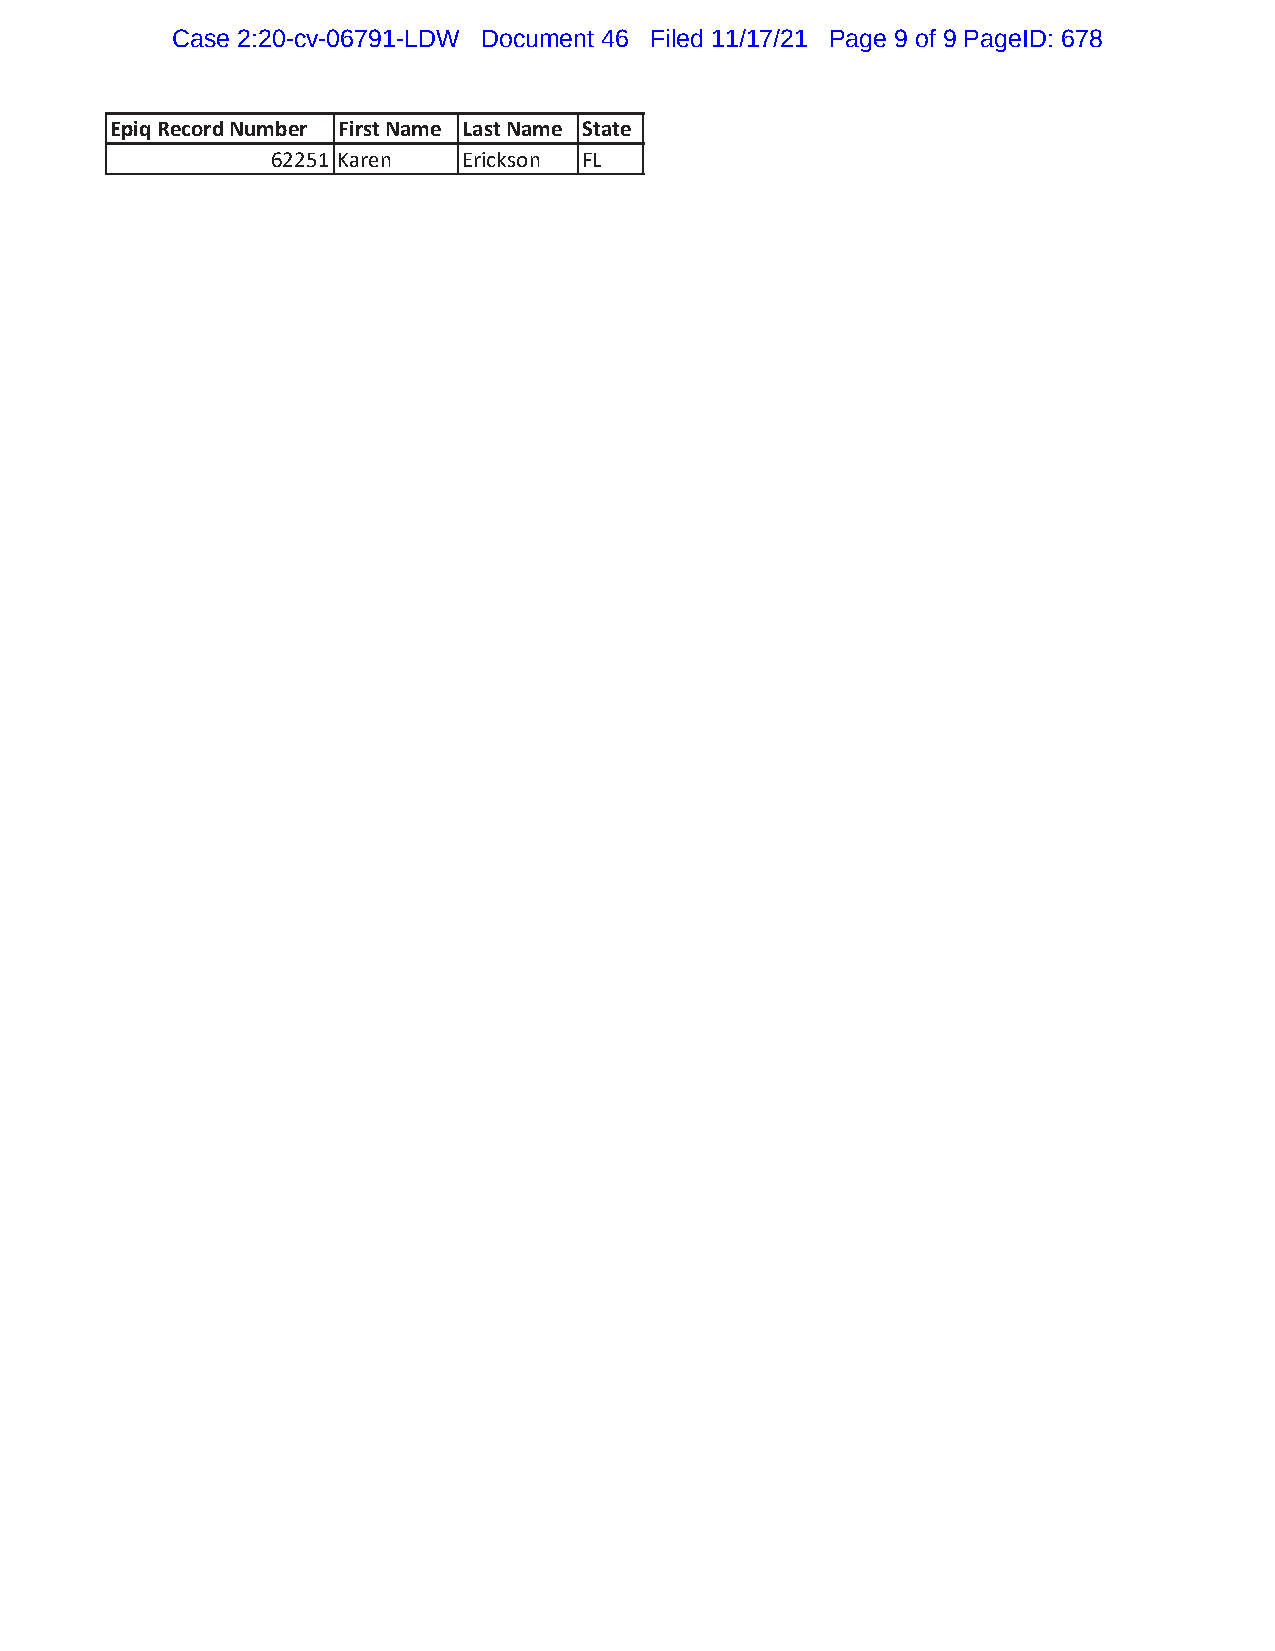
Case 2:20-cv-06791-LDW Document 46 Filed 11/17/21 Page 9 of 9 PageID: 678
 Epiq Record Number First Name Last Name State
 62251 Karen  Erickson FL